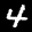
Label: 4